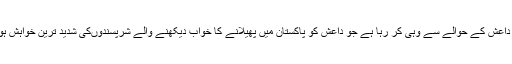
ہمارا میڈیا داعش کے حوالے سے وہی کر رہا ہے جو داعش کو پاکستان میں پھیلانے کا خواب دیکھنے والے شرپسندوںکی شدید ترین خواہش ہوسکتی ہے۔